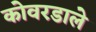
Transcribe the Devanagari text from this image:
कोवरडाले